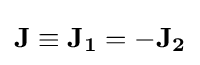
\mathbf {J} \equiv \mathbf {J_{1}} =-\mathbf {J_{2}}